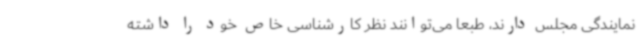
نمایندگی مجلس دارند، طبعا می‌توانند نظر کارشناسی خاص خود را داشته